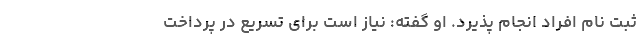
ثبت نام افراد انجام پذیرد. او گفته: نیاز است برای تسریع در پرداخت